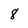
Character: 8